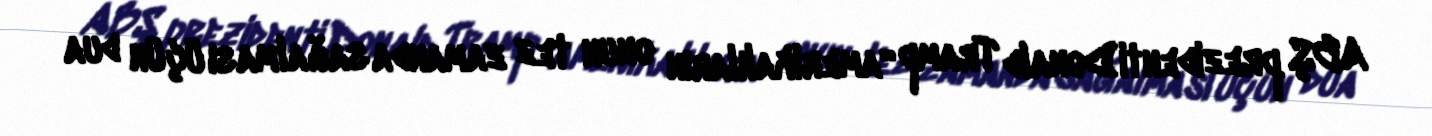
ABŞ prezidenti Donald Tramp “amerikalıların onun tez zamanda sağalması üçün dua